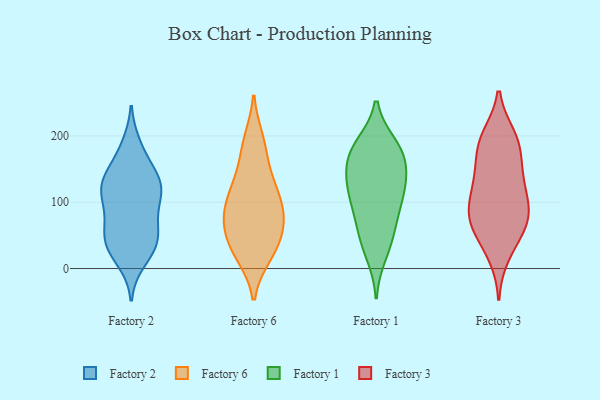
{"axis": {"x": "Temperature (°C)", "y": "Value"}, "legend": ["Factory 1", "Factory 2", "Factory 3", "Factory 6"], "data": [{"x": "", "y": 114, "type": "Factory 2"}, {"x": "", "y": 184, "type": "Factory 2"}, {"x": "", "y": 91, "type": "Factory 2"}, {"x": "", "y": 128, "type": "Factory 2"}, {"x": "", "y": 47, "type": "Factory 2"}, {"x": "", "y": 139, "type": "Factory 2"}, {"x": "", "y": 68, "type": "Factory 2"}, {"x": "", "y": 13, "type": "Factory 2"}, {"x": "", "y": 44, "type": "Factory 2"}, {"x": "", "y": 174, "type": "Factory 2"}, {"x": "", "y": 32, "type": "Factory 2"}, {"x": "", "y": 76, "type": "Factory 2"}, {"x": "", "y": 32, "type": "Factory 2"}, {"x": "", "y": 39, "type": "Factory 2"}, {"x": "", "y": 130, "type": "Factory 2"}, {"x": "", "y": 125, "type": "Factory 2"}, {"x": "", "y": 111, "type": "Factory 2"}, {"x": "", "y": 131, "type": "Factory 2"}, {"x": "", "y": 22, "type": "Factory 6"}, {"x": "", "y": 52, "type": "Factory 6"}, {"x": "", "y": 80, "type": "Factory 6"}, {"x": "", "y": 20, "type": "Factory 6"}, {"x": "", "y": 70, "type": "Factory 6"}, {"x": "", "y": 46, "type": "Factory 6"}, {"x": "", "y": 127, "type": "Factory 6"}, {"x": "", "y": 117, "type": "Factory 6"}, {"x": "", "y": 194, "type": "Factory 6"}, {"x": "", "y": 71, "type": "Factory 6"}, {"x": "", "y": 26, "type": "Factory 6"}, {"x": "", "y": 119, "type": "Factory 6"}, {"x": "", "y": 88, "type": "Factory 6"}, {"x": "", "y": 158, "type": "Factory 6"}, {"x": "", "y": 95, "type": "Factory 6"}, {"x": "", "y": 188, "type": "Factory 6"}, {"x": "", "y": 160, "type": "Factory 1"}, {"x": "", "y": 173, "type": "Factory 1"}, {"x": "", "y": 175, "type": "Factory 1"}, {"x": "", "y": 94, "type": "Factory 1"}, {"x": "", "y": 147, "type": "Factory 1"}, {"x": "", "y": 119, "type": "Factory 1"}, {"x": "", "y": 52, "type": "Factory 1"}, {"x": "", "y": 127, "type": "Factory 1"}, {"x": "", "y": 126, "type": "Factory 1"}, {"x": "", "y": 44, "type": "Factory 1"}, {"x": "", "y": 186, "type": "Factory 1"}, {"x": "", "y": 104, "type": "Factory 1"}, {"x": "", "y": 74, "type": "Factory 1"}, {"x": "", "y": 185, "type": "Factory 1"}, {"x": "", "y": 21, "type": "Factory 1"}, {"x": "", "y": 199, "type": "Factory 3"}, {"x": "", "y": 87, "type": "Factory 3"}, {"x": "", "y": 191, "type": "Factory 3"}, {"x": "", "y": 190, "type": "Factory 3"}, {"x": "", "y": 192, "type": "Factory 3"}, {"x": "", "y": 132, "type": "Factory 3"}, {"x": "", "y": 92, "type": "Factory 3"}, {"x": "", "y": 107, "type": "Factory 3"}, {"x": "", "y": 71, "type": "Factory 3"}, {"x": "", "y": 65, "type": "Factory 3"}, {"x": "", "y": 147, "type": "Factory 3"}, {"x": "", "y": 21, "type": "Factory 3"}, {"x": "", "y": 154, "type": "Factory 3"}, {"x": "", "y": 124, "type": "Factory 3"}, {"x": "", "y": 70, "type": "Factory 3"}, {"x": "", "y": 39, "type": "Factory 3"}, {"x": "", "y": 77, "type": "Factory 3"}]}